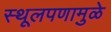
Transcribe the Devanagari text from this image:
स्थूलपणामुळे